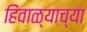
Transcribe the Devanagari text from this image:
हिंवाळ्याच्या